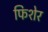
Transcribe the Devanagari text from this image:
फिशेर